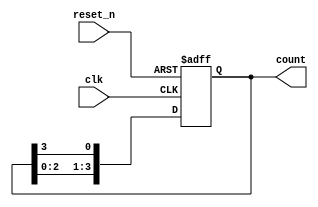
module ring_counter (
    input wire clk,          // Clock input
    input wire reset_n,      // Asynchronous active-low reset
    output reg [N-1:0] count // Output count, N-bit wide
);
    parameter N = 4; // Number of flip-flops (can be adjusted)

    // Sequential logic to implement the ring counter
    always @(posedge clk or negedge reset_n) begin
        if (!reset_n) begin
            // On reset, set the first flip-flop to '1' and others to '0'
            count <= 1'b1;
        end else begin
            // Shift the '1' through the registers
            count <= {count[N-2:0], count[N-1]}; // Shift left and wrap around
        end
    end
endmodule